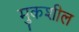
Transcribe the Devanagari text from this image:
मुकशील